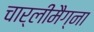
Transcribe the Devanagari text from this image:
चार्लीमैग्ना